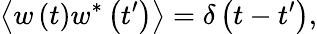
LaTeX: \left\langle w\left(t\right)w^{*}\left(t^{\prime}\right)\right\rangle=\delta\left(t-t^{\prime}\right),